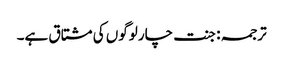
ترجمہ : جنت چار لوگوں کی مشتاق ہے۔